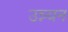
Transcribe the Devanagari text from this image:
उन्न्यन